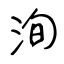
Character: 洵